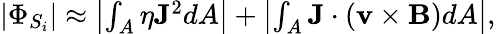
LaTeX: \begin{array}{r}{\left|\Phi_{S_{i}}\right|\approx\left|\int_{A}\eta{\mathbf J}^{2}dA\right|+\left|\int_{A}{\mathbf J}\cdot({\mathbf v}\times{\mathbf B})dA\right|,}\end{array}